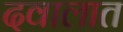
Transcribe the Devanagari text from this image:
दवालात